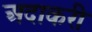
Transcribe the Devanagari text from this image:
अदाकरी